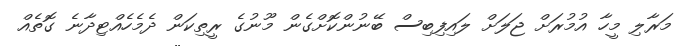
މަރާލި މީހާ އުމުރަށް ޖަލަށް ލައިފިބިސް ބޭނުންކޮށްގެން މޫނުގެ ރީތިކަން ދެމެހެއްޓިދާނެ ގޮތެއް